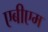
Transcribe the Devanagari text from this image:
एबीएम